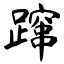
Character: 蹿